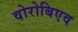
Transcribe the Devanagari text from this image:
वोरोबिएव